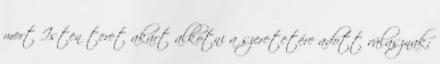
mert Isten teret akart alkotni a szeretetére adott válasznak;